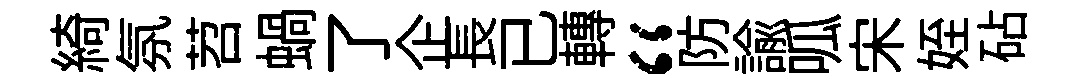
綺氛苕蝸了企長已轉“防諭呱宋姪砧